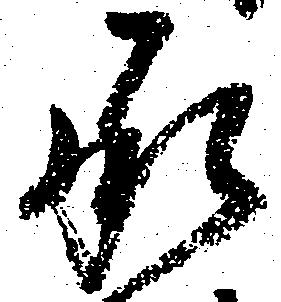
承